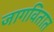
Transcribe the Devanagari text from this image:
जागवितात